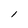
Character: l